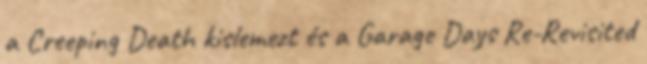
a Creeping Death kislemezt és a Garage Days Re-Revisited